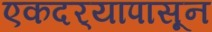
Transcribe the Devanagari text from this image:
एकदर्‍यापासून